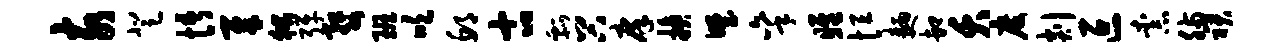
亥登悟犀狱弹婺班吹邱古瓢谷庠换野秉雎恒面卸夭度剡叵柰肠裙